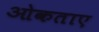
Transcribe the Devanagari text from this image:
ओकताए